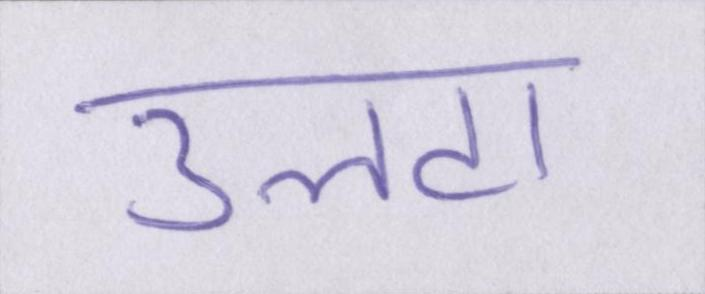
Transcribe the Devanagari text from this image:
उलटा